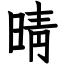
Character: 晴